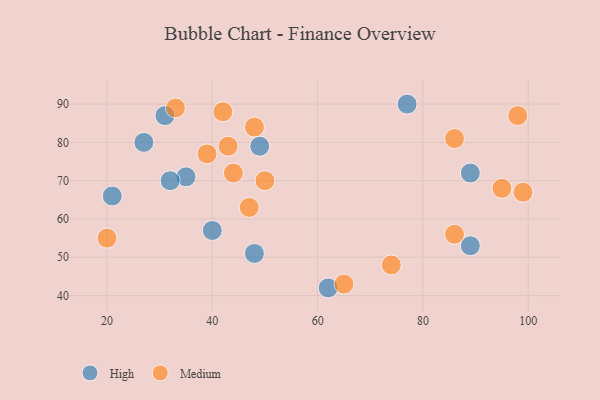
{"axis": {"x": "GDP", "y": "Life Expectancy"}, "legend": ["High", "Medium"], "data": [{"x": "77", "y": 90, "type": "High"}, {"x": "31", "y": 87, "type": "High"}, {"x": "40", "y": 57, "type": "High"}, {"x": "48", "y": 51, "type": "High"}, {"x": "62", "y": 42, "type": "High"}, {"x": "27", "y": 80, "type": "High"}, {"x": "89", "y": 72, "type": "High"}, {"x": "35", "y": 71, "type": "High"}, {"x": "49", "y": 79, "type": "High"}, {"x": "89", "y": 53, "type": "High"}, {"x": "21", "y": 66, "type": "High"}, {"x": "32", "y": 70, "type": "High"}, {"x": "86", "y": 81, "type": "Medium"}, {"x": "33", "y": 89, "type": "Medium"}, {"x": "39", "y": 77, "type": "Medium"}, {"x": "74", "y": 48, "type": "Medium"}, {"x": "48", "y": 84, "type": "Medium"}, {"x": "86", "y": 56, "type": "Medium"}, {"x": "43", "y": 79, "type": "Medium"}, {"x": "42", "y": 88, "type": "Medium"}, {"x": "44", "y": 72, "type": "Medium"}, {"x": "47", "y": 63, "type": "Medium"}, {"x": "98", "y": 87, "type": "Medium"}, {"x": "99", "y": 67, "type": "Medium"}, {"x": "65", "y": 43, "type": "Medium"}, {"x": "95", "y": 68, "type": "Medium"}, {"x": "50", "y": 70, "type": "Medium"}, {"x": "20", "y": 55, "type": "Medium"}]}